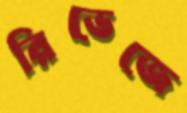
রিভেজে